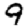
Digit: 9